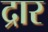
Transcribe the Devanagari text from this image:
द्रार